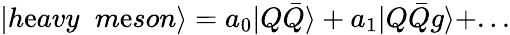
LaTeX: |h\mathrm{e}avy\; \; m\mathrm{e}son\rangle=a_{0}|Q\bar{{Q}}\rangle+a_{1}|Q\bar{{Q}}g\rangle+...